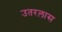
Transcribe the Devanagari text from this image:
उतरलास